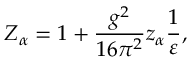
Z _ { \alpha } = 1 + \frac { g ^ { 2 } } { 1 6 \pi ^ { 2 } } z _ { \alpha } \frac { 1 } { \varepsilon } ,